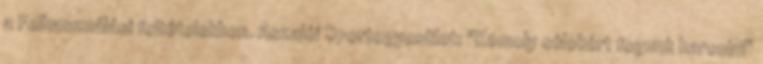
a Felhasználási feltételekben. Aszalói Sportegyesület: "Komoly célokért fogunk harcolni"